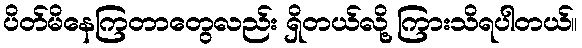
ပိတ်မိနေကြတာတွေလည်း ရှိတယ်လို့ ကြားသိရပါတယ်။